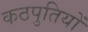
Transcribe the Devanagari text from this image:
कठपुतियों